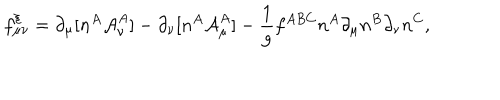
LaTeX: f _ { \mu \nu } ^ { \xi } = \partial _ { \mu } [ n ^ { A } { \cal A } _ { \nu } ^ { A } ] - \partial _ { \nu } [ n ^ { A } { \cal A } _ { \mu } ^ { A } ] - { \frac { 1 } { g } } f ^ { A B C } n ^ { A } \partial _ { \mu } n ^ { B } \partial _ { \nu } n ^ { C } ,